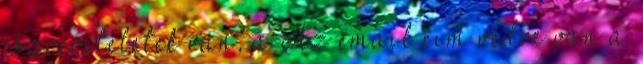
észrevételetek van, a Az email cím védve van a